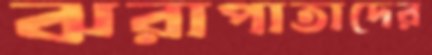
ঝরাপাতাদের